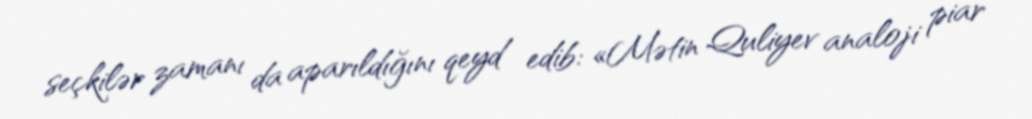
seçkilər zamanı da aparıldığını qeyd edib: «Mətin Quliyev analoji piar